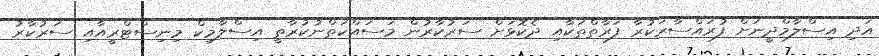
އަދި އިސްލާމްދީނަށް ފުރައްސާރަކުރާ ފަރާތްތަކާއި ދެކޮޅަށް ސަރުކާރުން މަސައްކަތްނުކުރާތީ އިސްލާމިކް މިނިސްޓްރީއާއި ސަރުކާރު